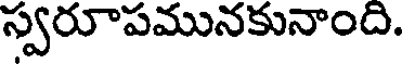
స్వరూపమునకునాంది.